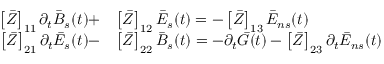
\begin{array} { r l } { \left[ \bar { Z } \right] _ { 1 1 } \partial _ { t } \bar { B } _ { s } ( t ) + } & { \left[ \bar { Z } \right] _ { 1 2 } \bar { E } _ { s } ( t ) = - \left[ \bar { Z } \right] _ { 1 3 } \bar { E } _ { n s } ( t ) } \\ { \left[ \bar { Z } \right] _ { 2 1 } \partial _ { t } \bar { E } _ { s } ( t ) - } & { \left[ \bar { Z } \right] _ { 2 2 } \bar { B } _ { s } ( t ) = - \partial _ { t } \bar { G } ( t ) - \left[ \bar { Z } \right] _ { 2 3 } \partial _ { t } \bar { E } _ { n s } ( t ) } \end{array}